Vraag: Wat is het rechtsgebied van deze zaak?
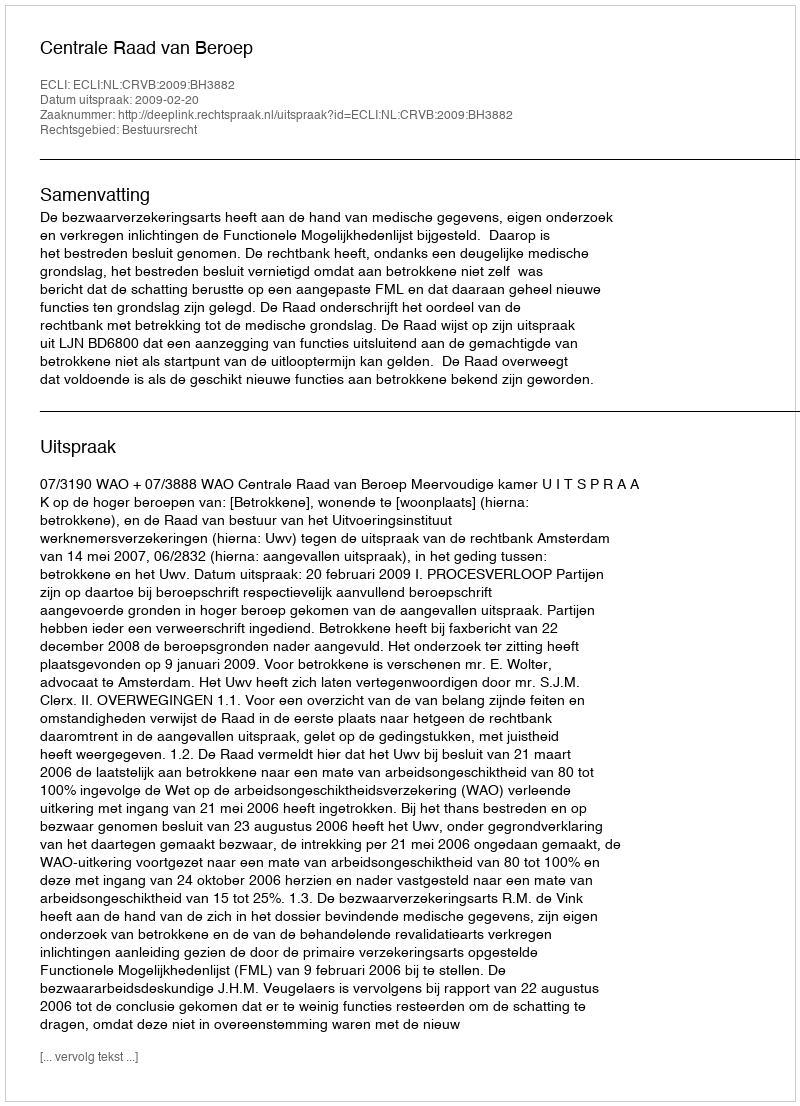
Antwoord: Bestuursrecht